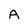
Character: A